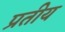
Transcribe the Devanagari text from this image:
प्रतीय